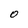
Character: 0